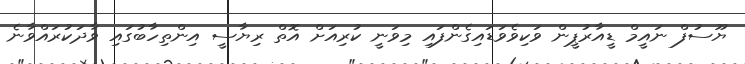
ޔޫސުފް ނައީމް ޑީއާރުޕީން ވަކިވެވަޑައިގެންފައި މިވަނީ ކުރިއަށް އޮތް ރިޔާސީ އިންތިހާބުގައި ވާދަކުރައްވާނެ